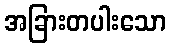
အခြားတပါးသော